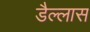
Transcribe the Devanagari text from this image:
डैल्लास